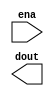
/*
	Copyright 2020 Efabless Corp.

	Author: Mohamed Shalan (mshalan@efabless.com)
	
	Licensed under the Apache License, Version 2.0 (the "License"); 
	you may not use this file except in compliance with the License. 
	You may obtain a copy of the License at:
	http://www.apache.org/licenses/LICENSE-2.0
	Unless required by applicable law or agreed to in writing, software 
	distributed under the License is distributed on an "AS IS" BASIS, 
	WITHOUT WARRANTIES OR CONDITIONS OF ANY KIND, either express or implied. 
	See the License for the specific language governing permissions and 
	limitations under the License.
*/

`timescale          1ns/1ps
`default_nettype    none

module sky130_ef_ip__rc_osc_500k (
`ifdef USE_POWER_PINS
    input       avdd,
    input       avss,
    input       dvdd,
    input       dvss,
`endif
    input       ena,
    output      dout
);

endmodule